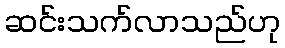
ဆင်းသက်လာသည်ဟု